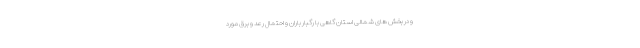
و در بخش های شمالی استان گاهی با رگبار باران و احتمال رعد و برق مورد